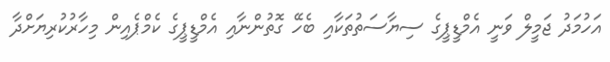
އަހުމަދު ޖަމީލް ވަނީ އެމްޑީޕީގެ ސިޔާސަތުތަކާއި ބެހޭ ގޮތުންނާއި އެމްޑީޕީގެ ކެމްޕެއިން މިހާރުކުރިޔަށްދާ